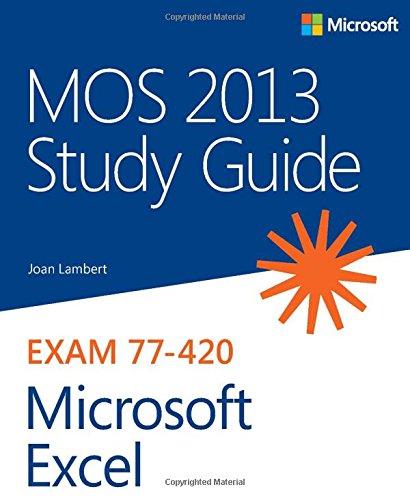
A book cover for MOS 2013 Study Guide for Microsoft Excel (MOS Study Guide); Joan Lambert; Computers & Technology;